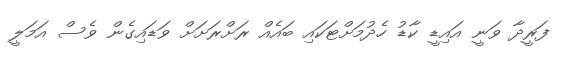
ފަރީދާ ވަނީ އައިޑީ ކާޑު ހެދުމަށްޓަކައި ބައެއް ރަށްރަށަށް ވަޑައިގެން ވެސް އަމަލީ